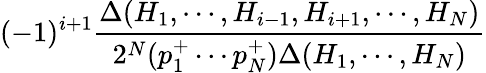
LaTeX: (-1)^{i+1}{\frac{\Delta(H_{1},\cdots,H_{i-1},H_{i+1},\cdots,H_{N})}{2^{N}(p_{1}^{+}\cdots p_{N}^{+})\Delta(H_{1},\cdots,H_{N})}}